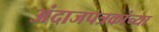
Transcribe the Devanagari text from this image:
अंदाजपत्रकांच्या